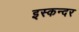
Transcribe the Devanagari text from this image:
इस्कन्दर